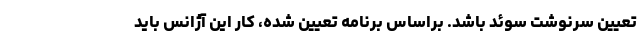
تعیین سرنوشت سوئد باشد. براساس برنامه تعیین شده، کار این آژانس باید